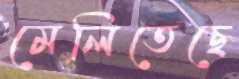
মেলিতেছে